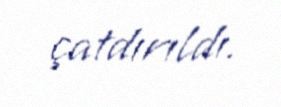
çatdırıldı.